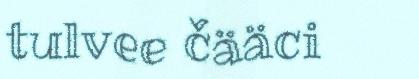
tulvee čääci